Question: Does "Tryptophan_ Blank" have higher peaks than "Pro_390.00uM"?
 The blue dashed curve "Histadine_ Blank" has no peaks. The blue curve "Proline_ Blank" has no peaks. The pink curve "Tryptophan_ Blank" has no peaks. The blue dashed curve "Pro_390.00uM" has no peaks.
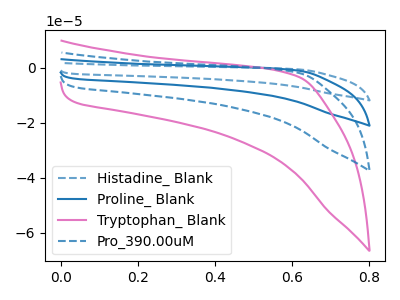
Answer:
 <answer>Niether CV has any peaks.</answer>
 <eval>blanks</eval>